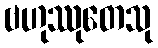
ဗဟုဿုတေသု